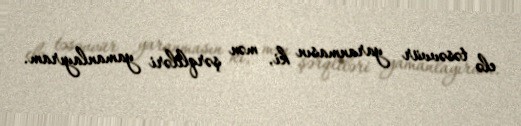
elə təsəvvür yaranmasın ki, mən şərqliləri yamanlayıram.